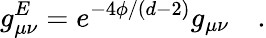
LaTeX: g_{\mu\nu}^{E}=e^{-4\phi/(d-2)}g_{\mu\nu}\quad.